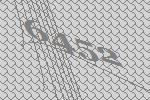
6452